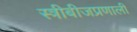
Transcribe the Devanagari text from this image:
स्त्रीबीजप्रणाली